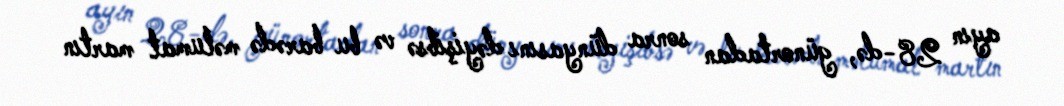
ayın 28-də, günortadan sonra dünyasını dəyişibsə və bu barədə məlumat martın